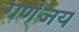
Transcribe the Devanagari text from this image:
गणंजय